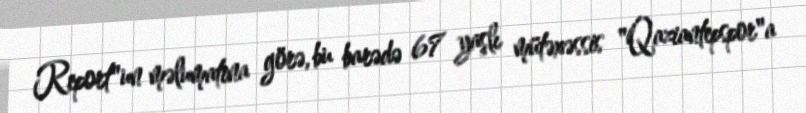
Report"un məlumatına görə, bu barədə 67 yaşlı mütəxəssis "Qaziantepspor"a